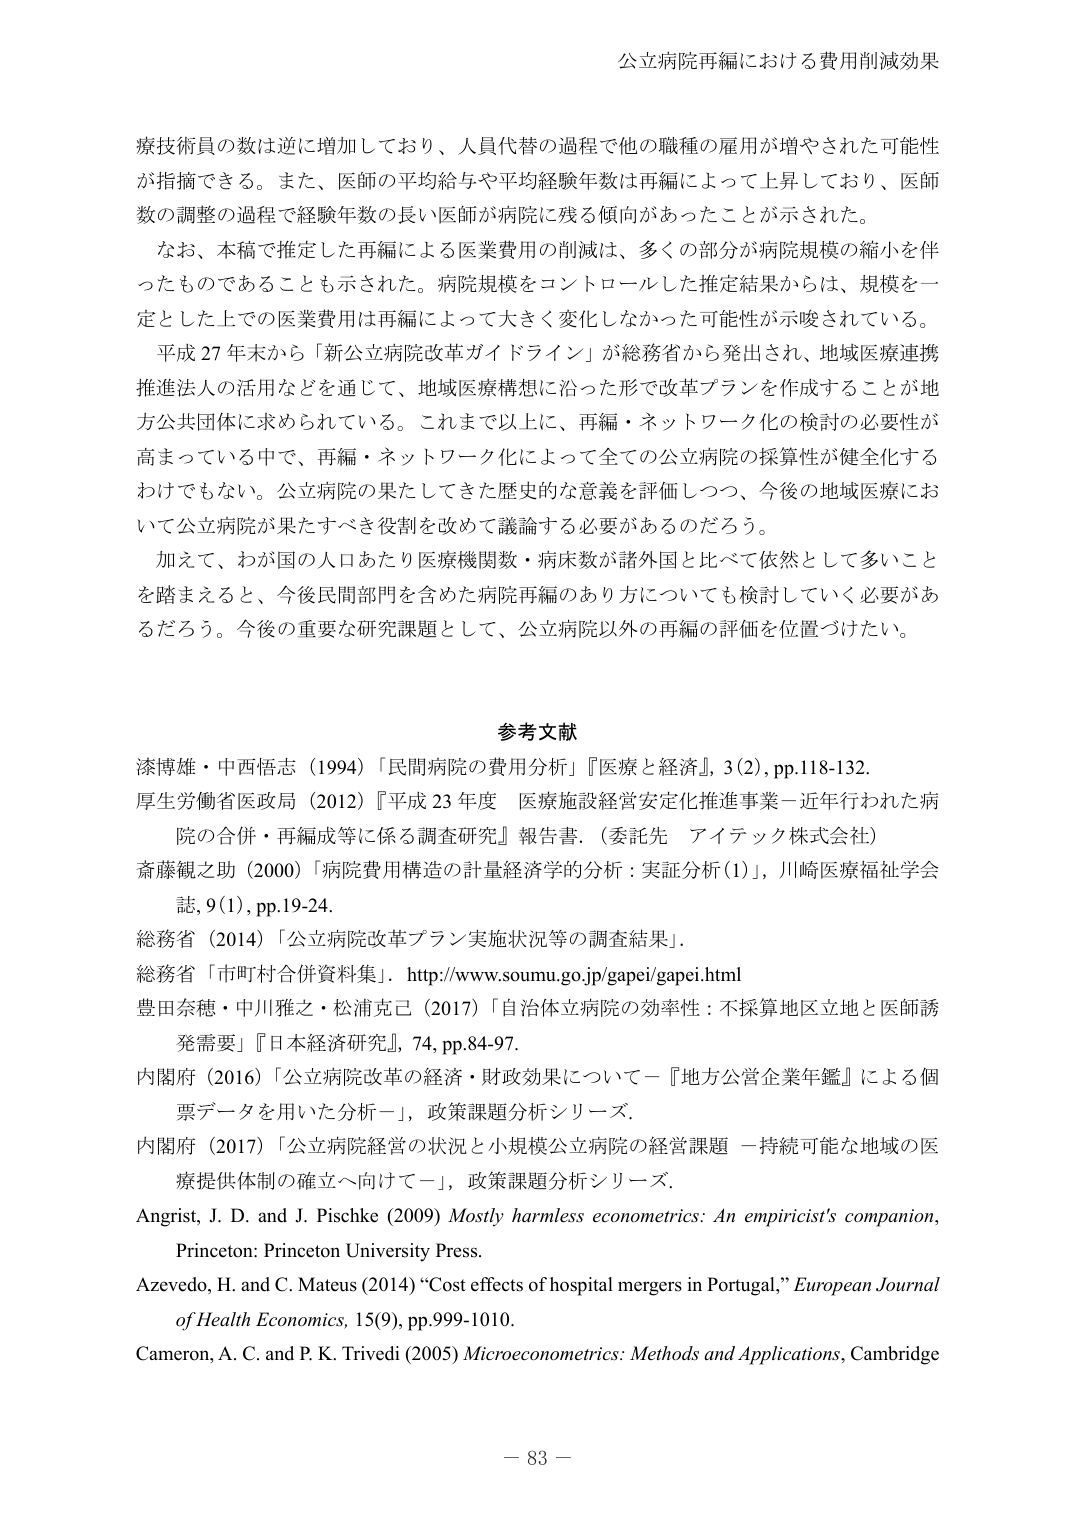
公立病院再編における費用削減効果

療技術員の数は逆に増加しており、人員代替の過程で他の職種の雇用が増やされた可能性が指摘できる。また、医師の平均給与や平均経験年数は再編によって上昇しており、医師数の調整の過程で経験年数の長い医師が病院に残る傾向があったことが示された。

なお、本稿で推定した再編による医業費用の削減は、多くの部分が病院規模の縮小を伴ったものであることも示された。病院規模をコントロールした推定結果からは、規模を一定とした上での医業費用は再編によって大きく変化しなかった可能性が示唆されている。

平成27年末から「新公立病院改革ガイドライン」が総務省から発出され、地域医療連携推進法人の活用などを通じて、地域医療構想に沿った形で改革プランを作成することが地方公共団体に求められている。これまで以上に、再編・ネットワーク化の検討の必要性が高まっている中で、再編・ネットワーク化によって全ての公立病院の採算性が健全化するわけでもない。公立病院の果たしてきた歴史的な意義を評価しつつ、今後の地域医療において公立病院が果たすべき役割を改めて議論する必要があるのだろう。

加えて、わが国の人口あたり医療機関数・病床数が諸外国と比べて依然として多いことを踏まえると、今後民間部門を含めた病院再編のあり方についても検討していく必要があるだろう。今後の重要な研究課題として、公立病院以外の再編の評価を位置づけたい。

参考文献

漆博雄・中西悟志（1994）「民間病院の費用分析」『医療と経済』, 3(2), pp.118-132.

厚生労働省医政局（2012）『平成23年度 医療施設経営安定化推進事業－近年行われた病院の合併・再編成等に係る調査研究』報告書.（委託先 アイテック株式会社）

斎藤観之助（2000）「病院費用構造の計量経済学的分析：実証分析(1)」，川崎医療福祉学会誌, 9(1), pp.19-24.

総務省（2014）「公立病院改革プラン実施状況等の調査結果」.

総務省「市町村合併資料集」. http://www.soumu.go.jp/gapei/gapei.html

豊田奈穂・中川雅之・松浦克己（2017）「自治体立病院の効率性：不採算地区立地と医師誘発需要」『日本経済研究』, 74, pp.84-97.

内閣府（2016）「公立病院改革の経済・財政効果について－『地方公営企業年鑑』による個票データを用いた分析－」，政策課題分析シリーズ.

内閣府（2017）「公立病院経営の状況と小規模公立病院の経営課題 －持続可能な地域の医療提供体制の確立へ向けて－」，政策課題分析シリーズ.

Angrist, J. D. and J. Pischke (2009) Mostly harmless econometrics: An empiricist's companion, Princeton: Princeton University Press.

Azevedo, H. and C. Mateus (2014) “Cost effects of hospital mergers in Portugal,” European Journal of Health Economics, 15(9), pp.999-1010.

Cameron, A. C. and P. K. Trivedi (2005) Microeconometrics: Methods and Applications, Cambridge

－ 83 －